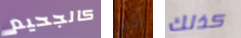
كالجحيم أكثر كذلك